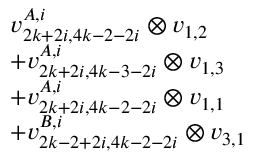
\begin{array} { r l } & { v _ { 2 k + 2 i , 4 k - 2 - 2 i } ^ { A , i } \otimes v _ { 1 , 2 } } \\ & { + v _ { 2 k + 2 i , 4 k - 3 - 2 i } ^ { A , i } \otimes v _ { 1 , 3 } } \\ & { + v _ { 2 k + 2 i , 4 k - 2 - 2 i } ^ { A , i } \otimes v _ { 1 , 1 } } \\ & { + v _ { 2 k - 2 + 2 i , 4 k - 2 - 2 i } ^ { B , i } \otimes v _ { 3 , 1 } } \end{array}